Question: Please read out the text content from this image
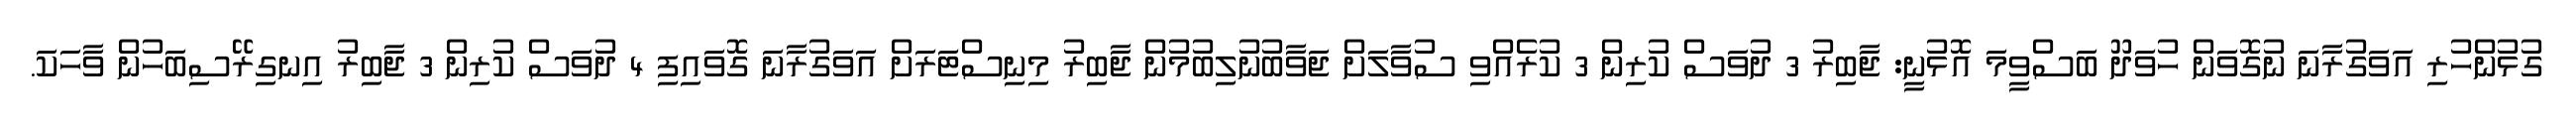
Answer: ގުޅުންހުރި އަވަގުރާނަ ނުގޮވަން ހުވަދޫ ބަސްވީމަ އޮޅުނީ: ޖާބިރު 3 ދުވަސް ކުރިން 3 ކުރެއްވި ސުވާލަށް ޖަވާބުނުލިބުމުން ޖާބިރު މިނިސްޓަރަށް އަވަގުރާނަ ގޮވައިފި 4 ދުވަސް ކުރިން 3 ޖާބިރު އިނގިރޭސިބަހުން ވާހަކަ.